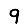
Digit: 9